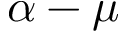
\alpha - \mu